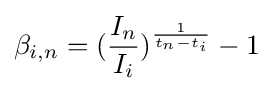
\beta _{i,n}=({\frac {I_{n}}{I_{i}}})^{\frac {1}{t_{n}-t_{i}}}-1